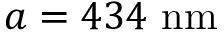
a = 4 3 4 \ \mathrm { n m }